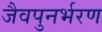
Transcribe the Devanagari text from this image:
जैवपुनर्भरण